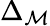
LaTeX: \Delta_{\mathcal{M}}